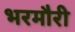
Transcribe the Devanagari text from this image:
भरमौरी